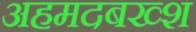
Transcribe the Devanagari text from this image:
अहमदबख्श